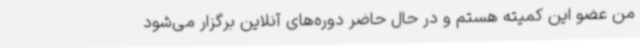
من عضو این کمیته هستم و در حال حاضر دوره‌های آنلاین برگزار می‌شود